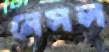
নেসল